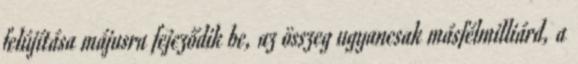
felújítása májusra fejeződik be, az összeg ugyancsak másfélmilliárd, a